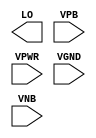
module sky130_fd_sc_hd__macro_sparecell (
    //# {{data|Data Signals}}
    output LO  ,

    //# {{power|Power}}
    input  VPB ,
    input  VPWR,
    input  VGND,
    input  VNB
);
endmodule